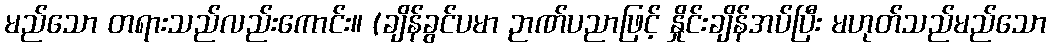
မည်သော တရားသည်လည်းကောင်း။ (ချိန်ခွင်ပမာ ဉာဏ်ပညာဖြင့် နှိုင်းချိန်အပ်ပြီး မဟုတ်သည်မည်သော